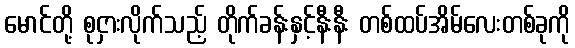
မောင်တို့ စုငှားလိုက်သည့် တိုက်ခန်းနှင့်နီးနီး တစ်ထပ်အိမ်လေးတစ်ခုကို